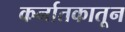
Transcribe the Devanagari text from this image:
कर्नातकातून